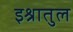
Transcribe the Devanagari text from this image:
इश्रातुल